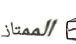
الممتاز